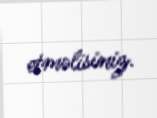
etməlisiniz.